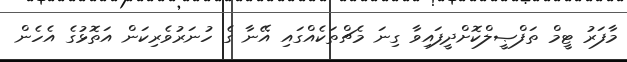
މާފަރު ޓީމް ތަފްޞީލްކޮށްދީފައިވާ ގިނަ މެޗްތަކެއްގައި އޭނާ ގެ ހުނަރުވެރިކަން އަތޮޅުގެ އެހެން